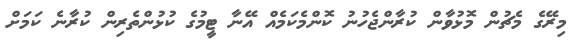
މިރޭގެ މެޗުން މޮޅުވާން ކުރާންޖެހުނު ކޮންމެކަމެއް އޭނާ ޓީމުގެ ކުޅުންތެރިން ކުރާނެ ކަމަށް